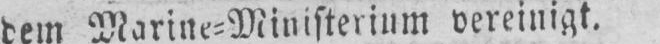
dem Marine⸗Ministerium vereinigt.